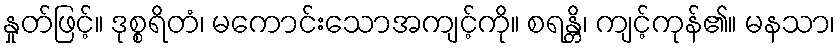
နှုတ်ဖြင့်။ ဒုစ္စရိတံ၊ မကောင်းသောအကျင့်ကို။ စရန္တိ၊ ကျင့်ကုန်၏။ မနသာ၊